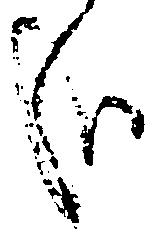
哉